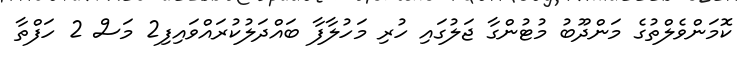
ކޮމަންވެލްތުގެ މަންދޫބު މުޓުންގާ ޖަލުގައި ހުރި މަހުލާފާ ބައްދަލުކުރައްވައިފި2 މަސް 2 ހަފްތާ